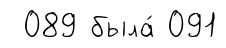
089 была́ 091